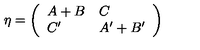
\eta = \left( \begin{array} { l l } { A + B } & { C } \\ { C ^ { \prime } } & { A ^ { \prime } + B ^ { \prime } } \\ \end{array} \right)